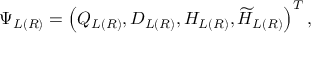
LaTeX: \Psi _ { L ( R ) } = \left( Q _ { L ( R ) } , D _ { L ( R ) } , H _ { L ( R ) } , \widetilde { H } _ { L ( R ) } \right) ^ { T } ,